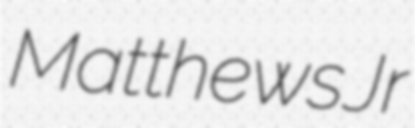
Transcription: Matthews Jr